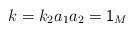
LaTeX: \begin{align*} k=k_2 a_1a_2=\textsf{1}_M\end{align*}